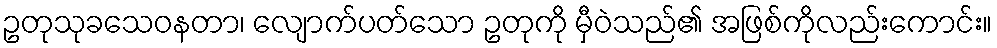
ဥတုသုခသေဝနတာ၊ လျောက်ပတ်သော ဥတုကို မှီဝဲသည်၏ အဖြစ်ကိုလည်းကောင်း။